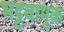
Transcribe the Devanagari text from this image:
भट्टवामुक